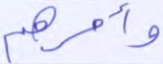
وأمرهم